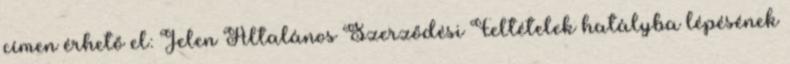
címen érhető el: Jelen Általános Szerződési Feltételek hatályba lépésének